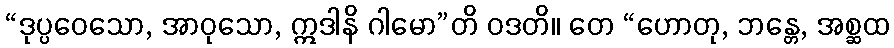
“ဒုပ္ပဝေသော, အာဝုသော, ဣဒါနိ ဂါမော”တိ ဝဒတိ။ တေ “ဟောတု, ဘန္တေ, အစ္ဆထ